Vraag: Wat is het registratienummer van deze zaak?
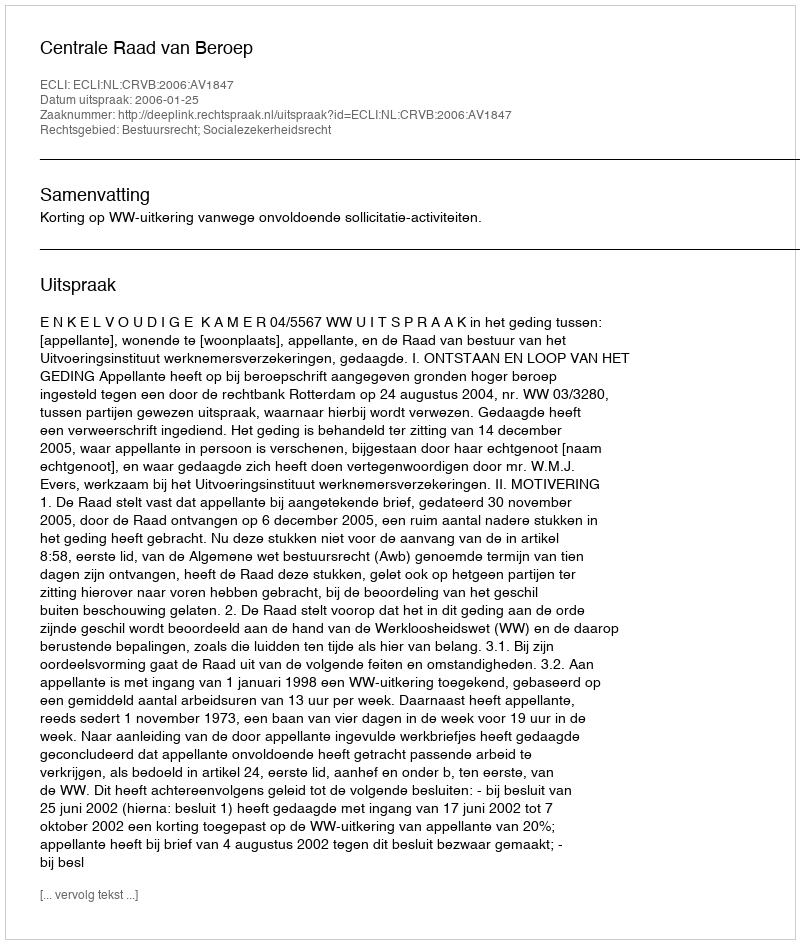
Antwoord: http://deeplink.rechtspraak.nl/uitspraak?id=ECLI:NL:CRVB:2006:AV1847